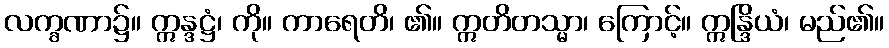
လက္ခဏာ၌။ ဣန္ဒဋ္ဌံ၊ ကို။ ကာရေတိ၊ ၏။ ဣတိတသ္မာ၊ ကြောင့်။ ဣန္ဒြိယံ၊ မည်၏။